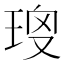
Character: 𤥱